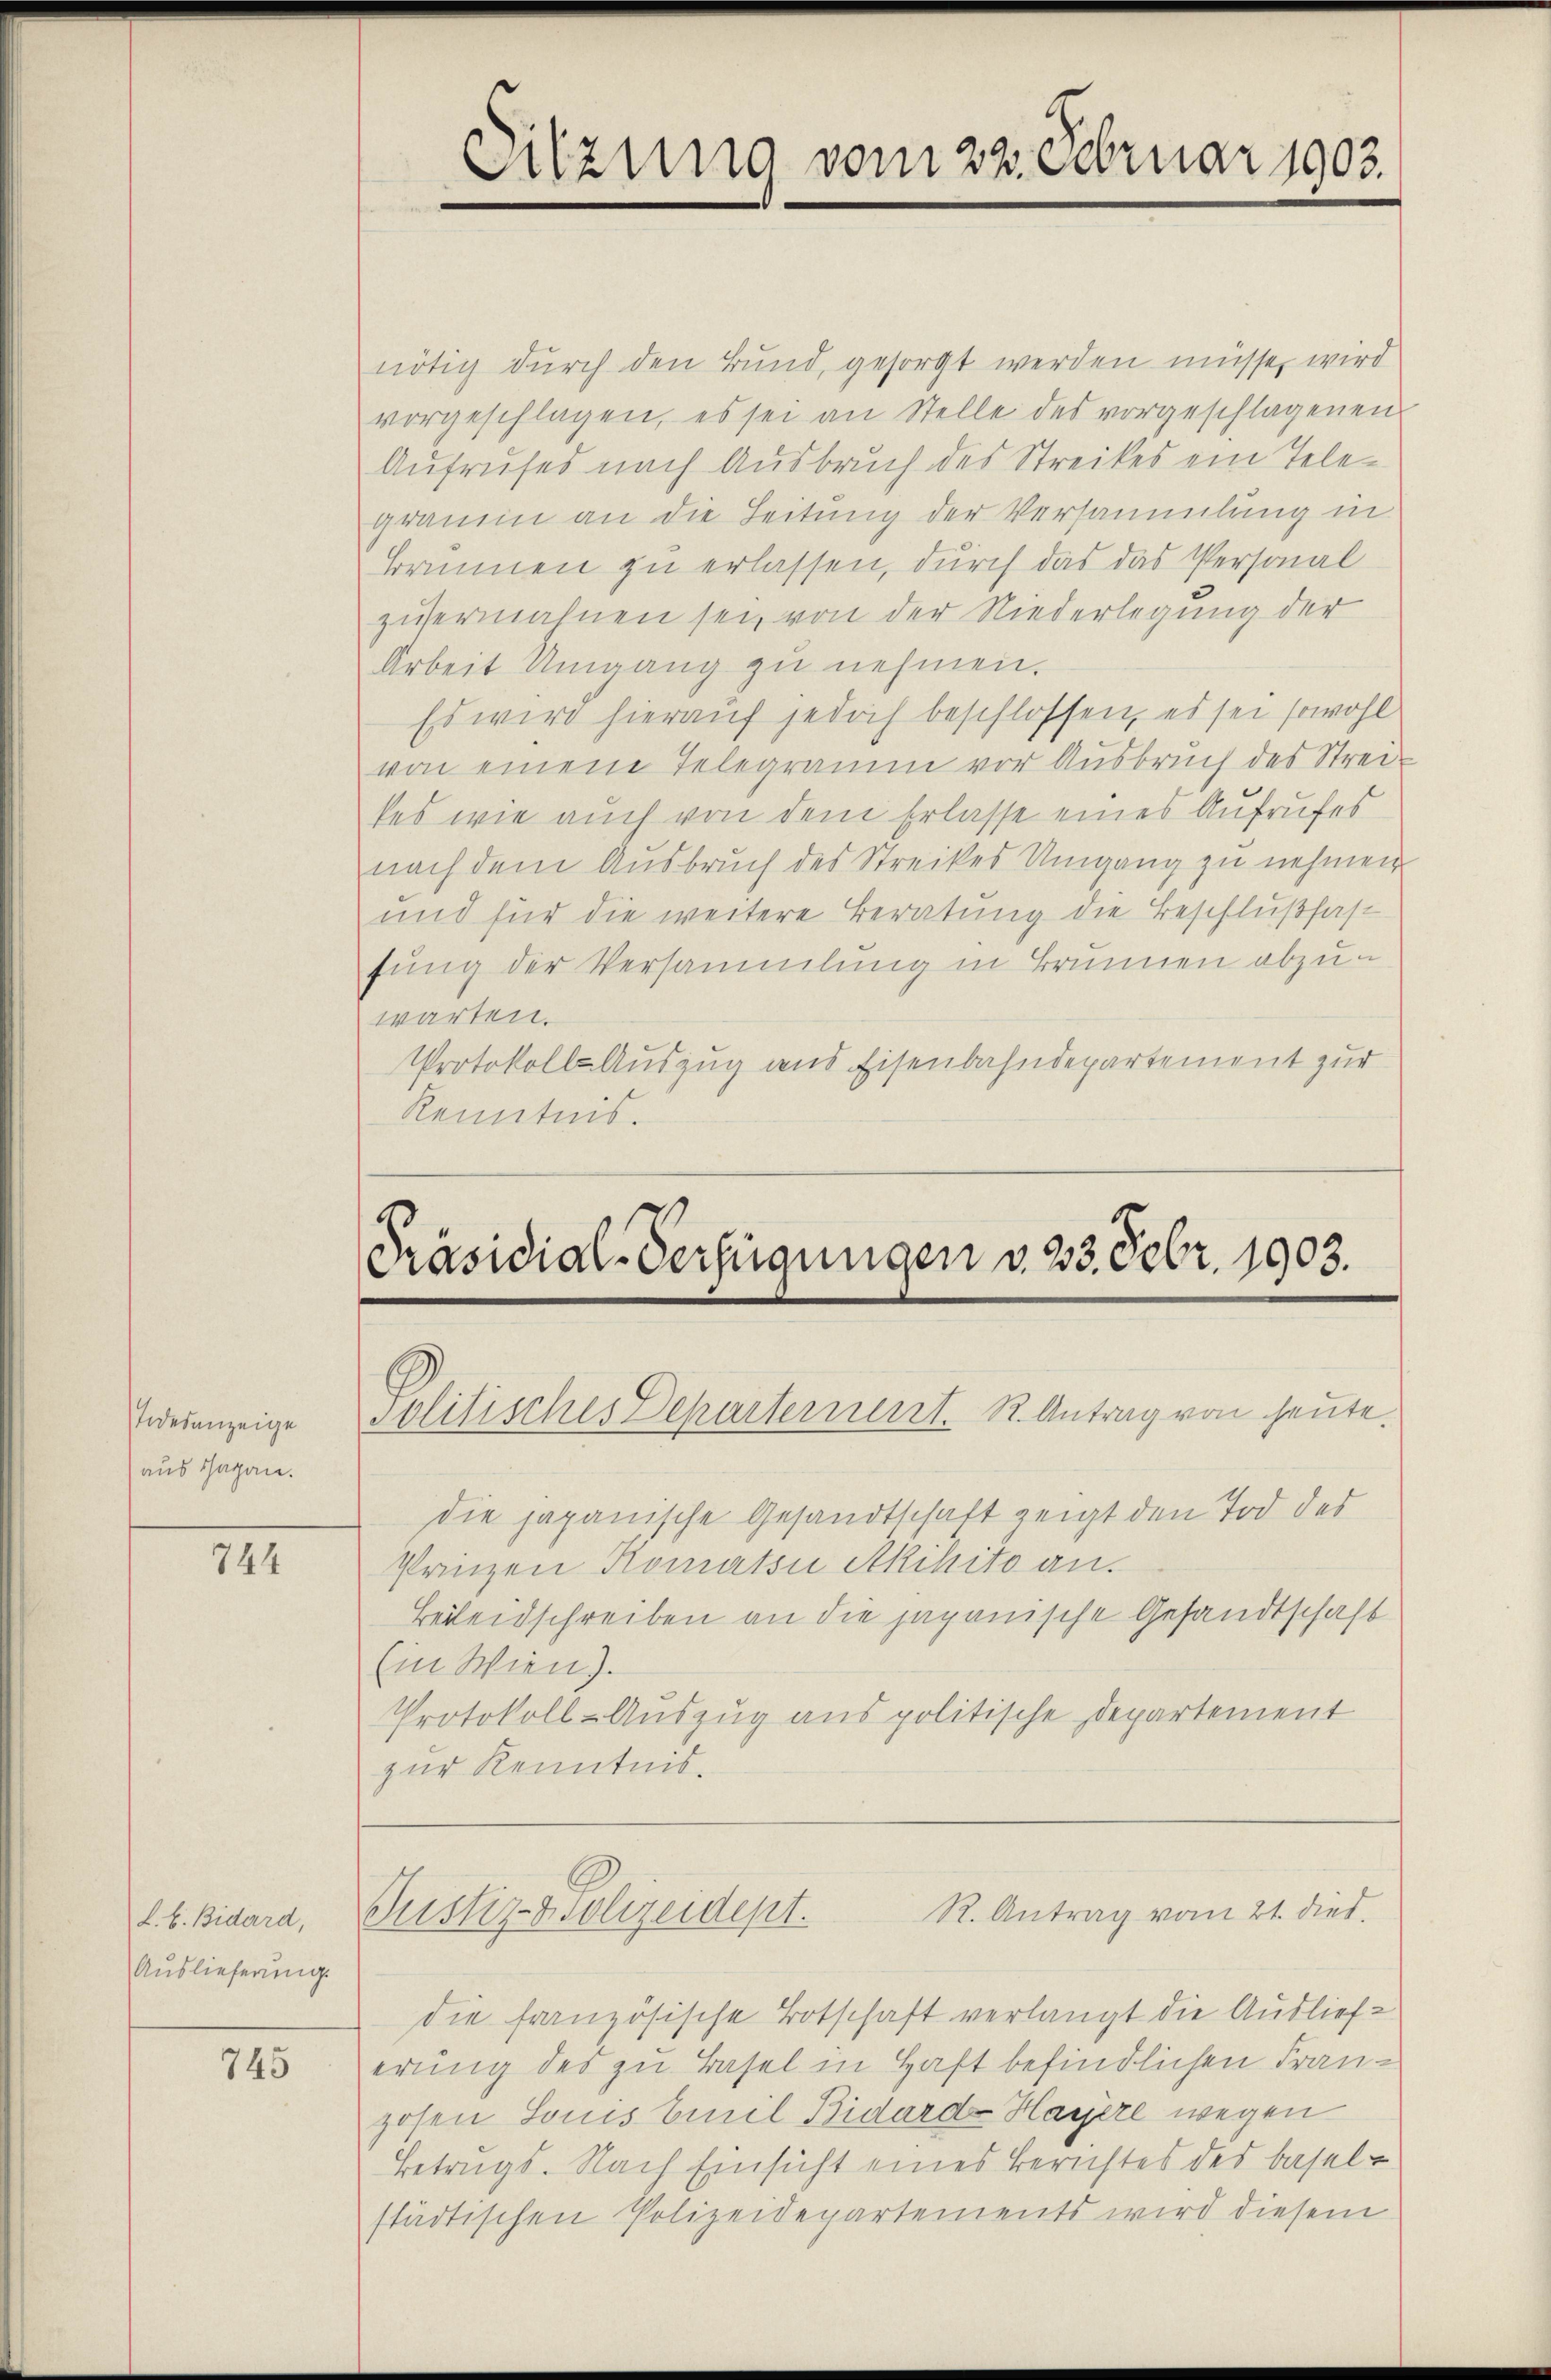
Todesanzeige
aus sagen.

744

L. b. Bidard,
Auslieferung.

745

nötig durch den Bund, gesorgt werden müsse, wird
vorgeschlagen, es sei an Stelle des vorgeschlagenen
Aufrufes nach Ausbruch des Streikes ein Telegrauen an die Leitung der Versammlung in
Brunnen zu erlassen, durch das das Personal
zuermahnen sei, von der Niederlegung der
Arbeit Umgang zu nehmen.
Es wird hierauf jedoch beschlossen, es sei sowohl
von einem Telegramm vor Ausbruch des Strei-
tes wie auch von dem Erlasse eines Aufrufes
nach dem Ausbruch des Streikes Umgang zu nehmen
und für die weitere Beratung die Beschlußfast
fung der Versammlung in Brunnen abzuwarten.
Protokolls-Auszug und Eisenbahndepartement zur
Kenntnis.

Sitzung vom 22. Februar 1903.

Präsidial-Verfügungen v. 23. Febr. 1903.
Solitisches Departement. K. Antrag von heute.

die japanische Gesandtschaft zeigt den Tod der
Prinzen Komátsi Akihito an.
Beileidschreiben an die japanische Gesandtschaft
Ein Wien).
Protokoll-Auszug aus politische Departement
zur Kenntnis.

R. Antrag vom 21. dies.
Justiz- & Polizeidept.

die französische Totschaft verlangt die Ausliefe
erung des zu Basel in Haft befindlichen Franzosen Louis Emil Bidard Hagere wegen
Betrugs. Nach Einsicht eines Berichtes des Basel-
städtischen Polizeidepartements wird diesem